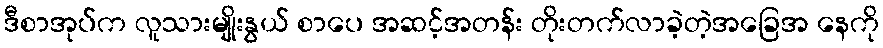
ဒီစာအုပ်က လူသားမျိုးနွယ် စာပေ အဆင့်အတန်း တိုးတက်လာခဲ့တဲ့အခြေအ နေကို